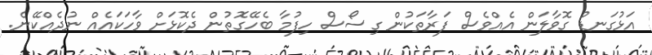
އަޅުގަނޑު ގޮވާލަން އެއްވެސް ފަރާތަކުން ގިސޯސް ހިފުމާ ބެހޭގޮތުން ދެކޮޅަށް ވާހަކައެއް ނުދެއްކޭނެ.